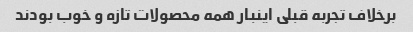
برخلاف تجربه قبلی اینبار همه محصولات تازه و خوب بودند